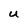
Character: U